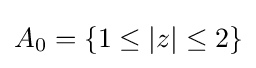
A_{0}=\{1\leq |z|\leq 2\}